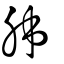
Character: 胏